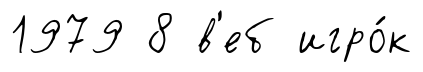
1979 8 в'еб игро́к